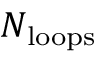
N _ { \mathrm { l o o p s } }